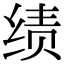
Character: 绩